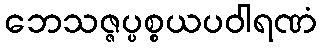
ဘေသဇ္ဇပ္ပစ္စယပဝါရဏံ